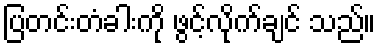
ပြတင်းတံခါးကို ဖွင့်လိုက်ချင် သည်။